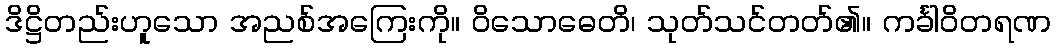
ဒိဋ္ဌိတည်းဟူသော အညစ်အကြေးကို။ ဝိသောဓေတိ၊ သုတ်သင်တတ်၏။ ကင်္ခါဝိတရဏ